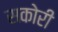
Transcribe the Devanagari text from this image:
सकोरी